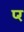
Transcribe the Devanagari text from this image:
प्‍र